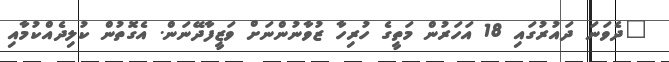
"ދެވަނަ ދައުރުގައި 18 އަހަރުން މަތީގެ ހުރިހާ ޒުވާނުންނަށް ވަޒީފާދޭނަން. އެގޮތުން ކުލިދެއްކުމާއި